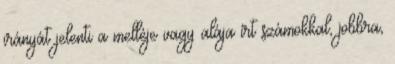
irányát jelenti a melléje vagy alája írt számokkal, jobbra,